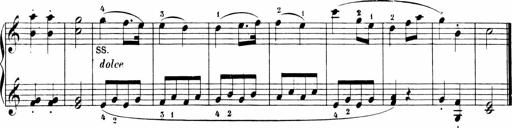
Title: 6 Sonatinas
Composer: Carl Reinecke